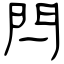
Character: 閂